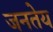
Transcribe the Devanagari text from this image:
जनतेय